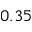
0 . 3 5